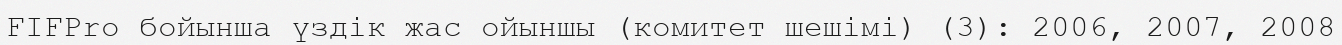
FIFPro бойынша үздік жас ойыншы (комитет шешімі) (3): 2006, 2007, 2008